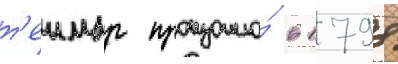
т'еимар произошло́ в 1798